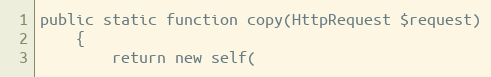
Language: PHP
public static function copy(HttpRequest $request)
    {
        return new self(